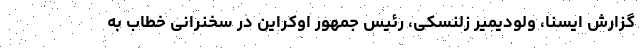
گزارش ایسنا، ولودیمیر زلنسکی، رئیس جمهور اوکراین در سخنرانی خطاب به